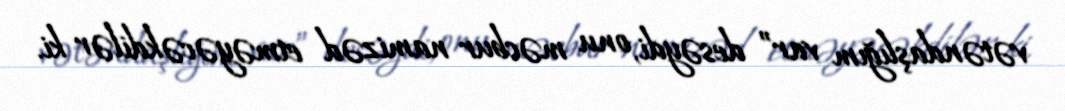
vətəndaşlığım var” desəydi, onu məcbur namizəd etməyəcəkdilər ki.